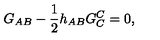
G _ { A B } - \frac { 1 } { 2 } h _ { A B } G ^ { C } _ { C } = 0 ,